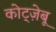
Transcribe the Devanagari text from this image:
कोट्ज़ेबू